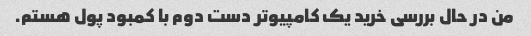
من در حال بررسی خرید یک کامپیوتر دست دوم با کمبود پول هستم.